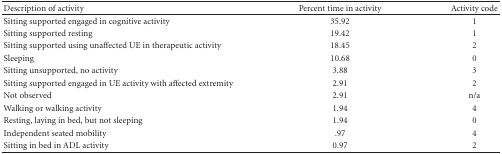
<table><thead><tr><td><b>Description of activity</b></td><td><b>Percent time in activity</b></td><td><b>Activity code</b></td></tr></thead><tbody><tr><td>Sitting supported engaged in cognitive activity</td><td>35.92</td><td>1</td></tr><tr><td>Sitting supported resting</td><td>19.42</td><td>1</td></tr><tr><td>Sitting supported using unaffected UE in therapeutic activity</td><td>18.45</td><td>2</td></tr><tr><td>Sleeping</td><td>10.68</td><td>0</td></tr><tr><td>Sitting unsupported, no activity</td><td>3.88</td><td>3</td></tr><tr><td>Sitting supported engaged in UE activity with affected extremity</td><td>2.91</td><td>2</td></tr><tr><td>Not observed</td><td>2.91</td><td>n/a</td></tr><tr><td>Walking or walking activity</td><td>1.94</td><td>4</td></tr><tr><td>Resting, laying in bed, but not sleeping</td><td>1.94</td><td>0</td></tr><tr><td>Independent seated mobility</td><td>.97</td><td>4</td></tr><tr><td>Sitting in bed in ADL activity</td><td>0.97</td><td>2</td></tr></tbody></table>